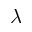
\lambda